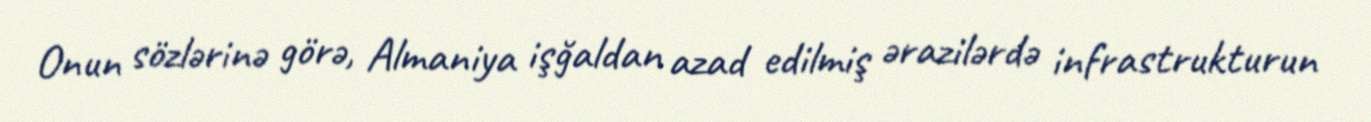
Onun sözlərinə görə, Almaniya işğaldan azad edilmiş ərazilərdə infrastrukturun